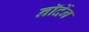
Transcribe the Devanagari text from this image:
नॉर्देन